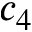
c _ { 4 }